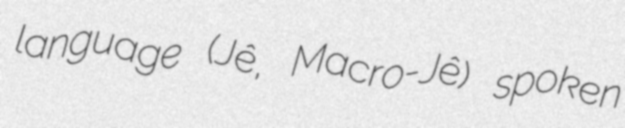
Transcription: language (Jê, Macro-Jê) spoken